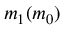
m _ { 1 } ( m _ { 0 } )